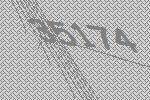
35174